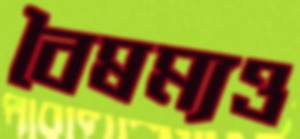
বৈষম্যও